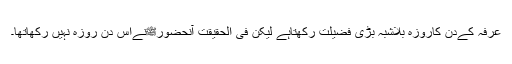
عرفہ کےدن کاروزہ بلاشبہ بڑی فضیلت رکھتاہے لیکن فی الحقیقت آنحضورﷺنےاس دن روزہ نہیں رکھاتھا۔